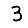
Digit: 3